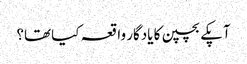
آپکے بچپن کا یادگار واقعہ کیا تھا؟